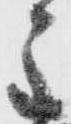
主